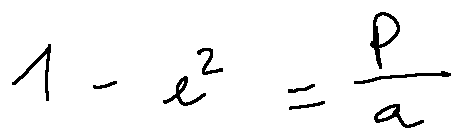
1 - e ^ { 2 } = \frac { p } { a }